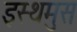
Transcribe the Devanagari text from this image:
इस्थमुस